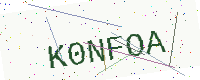
Text: K0NFOA